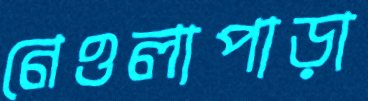
নেওলাপাড়া